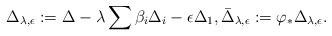
LaTeX: \begin{align*}\Delta_{\lambda,\epsilon}:= \Delta-\lambda \sum \beta_i \Delta_i - \epsilon \Delta_1,\bar \Delta_{\lambda,\epsilon}:=\varphi_*\Delta_{\lambda,\epsilon}.\end{align*}